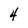
Character: 4